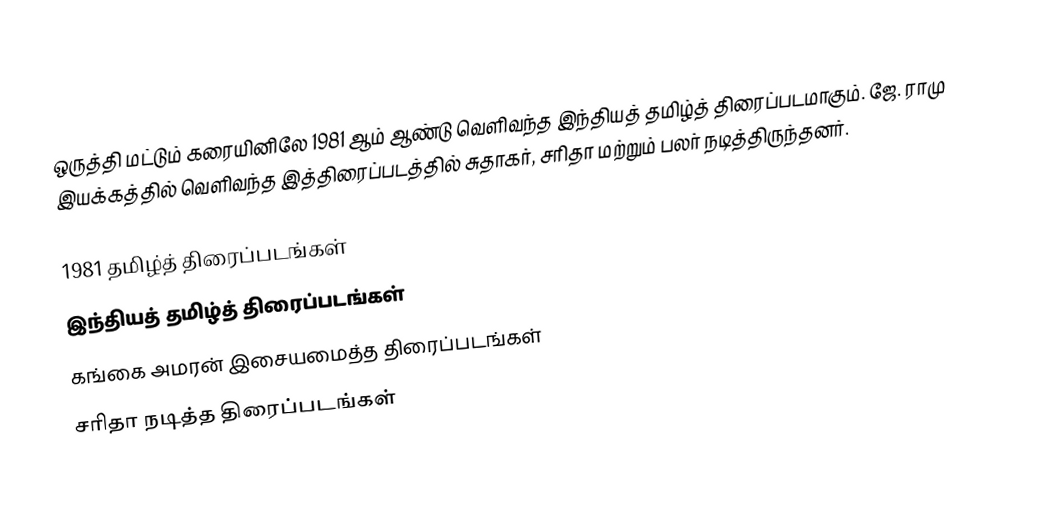
ஒருத்தி மட்டும் கரையினிலே 1981 ஆம் ஆண்டு வெளிவந்த இந்தியத் தமிழ்த் திரைப்படமாகும். ஜே. ராமு இயக்கத்தில் வெளிவந்த இத்திரைப்படத்தில் சுதாகர், சரிதா மற்றும் பலர் நடித்திருந்தனர்.

1981 தமிழ்த் திரைப்படங்கள்
இந்தியத் தமிழ்த் திரைப்படங்கள்
கங்கை அமரன் இசையமைத்த திரைப்படங்கள்
சரிதா நடித்த திரைப்படங்கள்